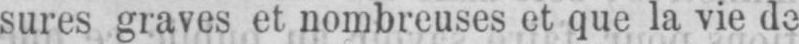
sures graves et nombreuses et que la vie de